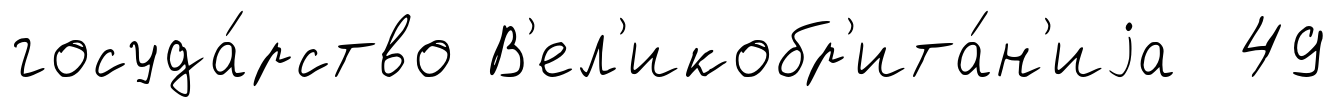
госуда́рство В'ел'икобр'ита́н'иjа 49